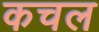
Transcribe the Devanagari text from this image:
कचल